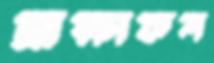
দ্রাক্ষাফল